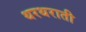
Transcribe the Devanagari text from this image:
थरथराती